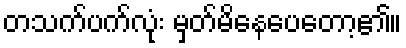
တသက်ပက်လုံး မှတ်မိနေပေတော့၏။